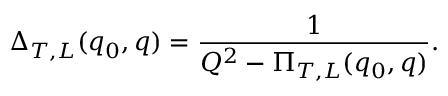
\Delta _ { T , L } ( q _ { 0 } , q ) = \frac { 1 } { Q ^ { 2 } - \Pi _ { T , L } ( q _ { 0 } , q ) } .